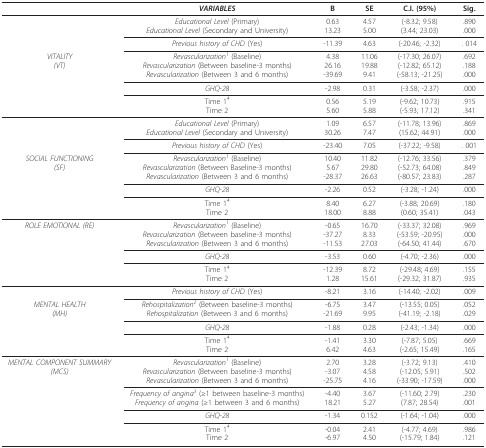
<table><thead><tr><td></td><td><b><i>VARIABLES</i></b></td><td><b>B</b></td><td><b>SE</b></td><td><b>C.I. (95%)</b></td><td><b>Sig.</b></td></tr></thead><tbody><tr><td></td><td><i>Educational Level </i>(Primary)<i>Educational Level </i>(Secondary and University)</td><td>0.6313.23</td><td>4.575.00</td><td>(-8.32; 9.58)(3.44; 23.03)</td><td>.890.000</td></tr><tr><td></td><td><i>Previous history of CHD </i>(Yes)</td><td>-11.39</td><td>4.63</td><td>(-20.46; -2.32)</td><td>. 014</td></tr><tr><td><i>VITALITY</i><i>(VT)</i></td><td><i>Revascularization<sup>1 </sup></i>(Baseline)<i>Revascularization </i>(Between baseline-3 months)<i>Revascularization </i>(Between 3 and 6 months)</td><td>4.3826.16-39.69</td><td>11.0619.889.41</td><td>(-17.30; 26.07)(-12.82; 65.12)(-58.13; -21.25)</td><td>.692.188.000</td></tr><tr><td></td><td><i>GHQ-28</i></td><td>-2.98</td><td>0.31</td><td>(-3.58; -2.37)</td><td>.000</td></tr><tr><td></td><td>Time 1<sup>4</sup>Time 2</td><td>0.565.60</td><td>5.195.88</td><td>(-9.62; 10.73)(-5.93; 17.12)</td><td>.915.341</td></tr><tr><td></td><td><i>Educational Level </i>(Primary)<i>Educational Level </i>(Secondary and University)</td><td>1.0930.26</td><td>6.577.47</td><td>(-11.78; 13.96)(15.62; 44.91)</td><td>.869.000</td></tr><tr><td></td><td><i>Previous history of CHD </i>(Yes)</td><td>-23.40</td><td>7.05</td><td>(-37.22; -9.58)</td><td>. 001</td></tr><tr><td><i>SOCIAL FUNCTIONING</i><i>(SF)</i></td><td><i>Revascularization<sup>1 </sup></i>(Baseline)<i>Revascularization </i>(Between Baseline-3 months)<i>Revascularization </i>(Between 3 and 6 months)</td><td>10.405.67-28.37</td><td>11.8229.8026.63</td><td>(-12.76; 33.56)(-52.73; 64.08)(-80.57; 23.83)</td><td>.379.849.287</td></tr><tr><td></td><td><i>GHQ-28</i></td><td>-2.26</td><td>0.52</td><td>(-3.28; -1.24)</td><td>.000</td></tr><tr><td></td><td>Time 1<sup>4</sup>Time 2</td><td>8.4018.00</td><td>6.278.88</td><td>(-3.88; 20.69)(0.60; 35.41)</td><td>.180.043</td></tr><tr><td><i>ROLE EMOTIONAL (RE)</i></td><td><i>Revascularization<sup>1 </sup></i>(Baseline)<i>Revascularization </i>(Between baseline-3 months)<i>Revascularization </i>(Between 3 and 6 months)</td><td>-0.65-37.27-11.53</td><td>16.708.3327.03</td><td>(-33.37; 32.08)(-53.59; -20.95)(-64.50; 41.44)</td><td>.969.000.670</td></tr><tr><td></td><td><i>GHQ-28</i></td><td>-3.53</td><td>0.60</td><td>(-4.70; -2.36)</td><td>.000</td></tr><tr><td></td><td>Time 1<sup>4</sup>Time 2</td><td>-12.391.28</td><td>8.7215.61</td><td>(-29.48; 4.69)(-29.32; 31.87)</td><td>.155.935</td></tr><tr><td></td><td><i>Previous history of CHD </i>(Yes)</td><td>-8.21</td><td>3.16</td><td>(-14.40; -2.02)</td><td>.009</td></tr><tr><td><i>MENTAL HEALTH</i><i>(MH)</i></td><td><i>Rehospitalization<sup>2 </sup></i>(Between baseline-3 months)<i>Rehospitalization </i>(Between 3 and 6 months)</td><td>-6.75-21.69</td><td>3.479.95</td><td>(-13.55; 0.05)(-41.19; -2.18)</td><td>.052.029</td></tr><tr><td></td><td><i>GHQ-28</i></td><td>-1.88</td><td>0.28</td><td>(-2.43; -1.34)</td><td>.000</td></tr><tr><td></td><td>Time 1<sup>4</sup>Time 2</td><td>-1.416.42</td><td>3.304.63</td><td>(-7.87; 5.05)(-2.65; 15.49)</td><td>.669.165</td></tr><tr><td><i>MENTAL COMPONENT SUMMARY</i><i>(MCS)</i></td><td><i>Revascularization<sup>1 </sup></i>(Baseline)<i>Revascularization </i>(Between baseline-3 months)<i>Revascularization </i>(Between 3 and 6 months)</td><td>2.70-3.07-25.75</td><td>3.284.584.16</td><td>(-3.72; 9.13)(-12.05; 5.91)(-33.90; -17.59)</td><td>.410.502.000</td></tr><tr><td></td><td><i>Frequency of angina<sup>3 </sup></i>(≥1 between baseline-3 months)<i>Frequency of angina </i>(≥1 between 3 and 6 months)</td><td>-4.4018.21</td><td>3.675.27</td><td>(-11.60; 2.79)(7.87; 28.54)</td><td>.230.001</td></tr><tr><td></td><td><i>GHQ-28</i></td><td>-1.34</td><td>0.152</td><td>(-1.64; -1.04)</td><td>.000</td></tr><tr><td></td><td>Time 1<sup>4</sup>Time 2</td><td>-0.04-6.97</td><td>2.414.50</td><td>(-4.77; 4.69)(-15.79; 1.84)</td><td>.986.121</td></tr></tbody></table>